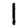
Digit: 1